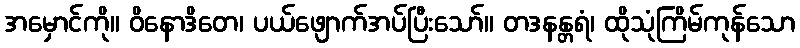
အမှောင်ကို။ ဝိနောဒိတေ၊ ပယ်ဖျောက်အပ်ပြီးသော်။ တဒနန္တရံ၊ ထိုသုံကြိမ်ကုန်သော